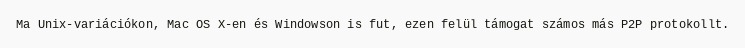
Ma Unix-variációkon, Mac OS X-en és Windowson is fut, ezen felül támogat számos más P2P protokollt.